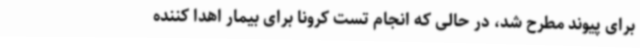
برای پیوند مطرح شد، در حالی که انجام تست کرونا برای بیمار اهدا کننده